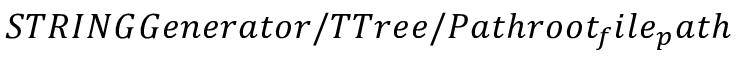
S T R I N G G e n e r a t o r / T T r e e / P a t h r o o t _ { f } i l e _ { p } a t h